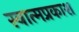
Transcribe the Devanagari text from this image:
स्वात्मप्रकाश